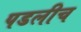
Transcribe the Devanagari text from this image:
पडलीच